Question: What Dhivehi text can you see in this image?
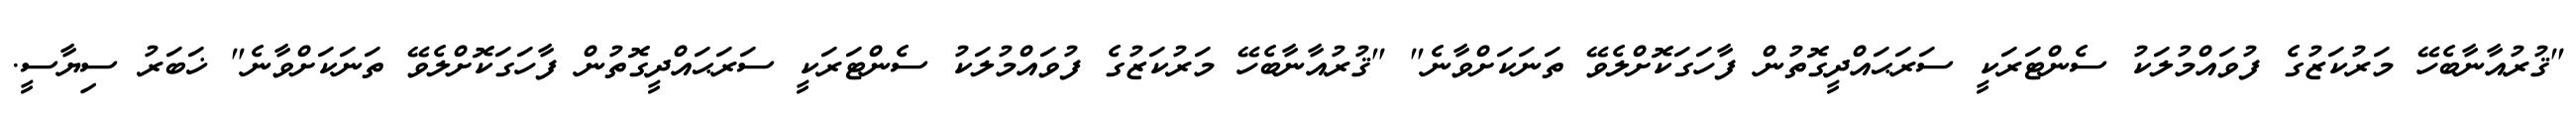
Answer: "ޤުރުއާނާބެހޭ މަރުކަޒުގެ ފުވައްމުލަކު ސެންޓަރަކީ ސަރަޙައްދީގޮތުން ފާހަގަކޮށްލެވޭ ތަނަކަށްވާނެ" "ޤުރުއާނާބެހޭ މަރުކަޒުގެ ފުވައްމުލަކު ސެންޓަރަކީ ސަރަޙައްދީގޮތުން ފާހަގަކޮށްލެވޭ ތަނަކަށްވާނެ" ޚަބަރު ސިޔާސީ.